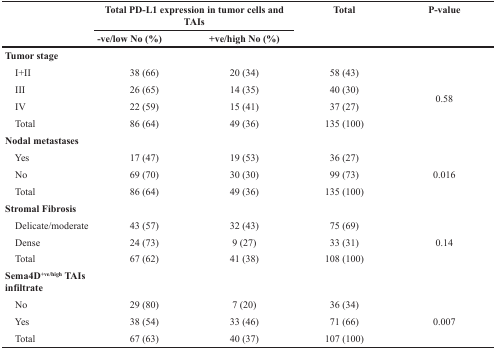
<table><thead><tr><td rowspan="2">[EMPTY_CELL]</td><td colspan="2"><b>Total PD-L1 expression in tumor cells and TAIs</b></td><td rowspan="2"><b>Total</b></td><td rowspan="2"><b>P-value</b></td></tr><tr><td><b>-ve/low No (%)</b></td><td><b>+ve/high No (%)</b></td></tr></thead><tbody><tr><td><b>Tumor stage</b></td><td>[EMPTY_CELL]</td><td>[EMPTY_CELL]</td><td>[EMPTY_CELL]</td><td>[EMPTY_CELL]</td></tr><tr><td> I+II</td><td>38 (66)</td><td>20 (34)</td><td>58 (43)</td><td rowspan="4">0.58</td></tr><tr><td> III</td><td>26 (65)</td><td>14 (35)</td><td>40 (30)</td></tr><tr><td> IV</td><td>22 (59)</td><td>15 (41)</td><td>37 (27)</td></tr><tr><td> Total</td><td>86 (64)</td><td>49 (36)</td><td>135 (100)</td></tr><tr><td><b>Nodal metastases</b></td><td>[EMPTY_CELL]</td><td>[EMPTY_CELL]</td><td>[EMPTY_CELL]</td><td>[EMPTY_CELL]</td></tr><tr><td> Yes</td><td>17 (47)</td><td>19 (53)</td><td>36 (27)</td><td rowspan="3">0.016</td></tr><tr><td> No</td><td>69 (70)</td><td>30 (30)</td><td>99 (73)</td></tr><tr><td> Total</td><td>86 (64)</td><td>49 (36)</td><td>135 (100)</td></tr><tr><td><b>Stromal Fibrosis</b></td><td>[EMPTY_CELL]</td><td>[EMPTY_CELL]</td><td>[EMPTY_CELL]</td><td>[EMPTY_CELL]</td></tr><tr><td> Delicate/moderate</td><td>43 (57)</td><td>32 (43)</td><td>75 (69)</td><td rowspan="3">0.14</td></tr><tr><td> Dense</td><td>24 (73)</td><td>9 (27)</td><td>33 (31)</td></tr><tr><td> Total</td><td>67 (62)</td><td>41 (38)</td><td>108 (100)</td></tr><tr><td><b>Sema4D</b><b><sup>+ve/high</sup></b><b>TAIs infiltrate</b></td><td>[EMPTY_CELL]</td><td>[EMPTY_CELL]</td><td>[EMPTY_CELL]</td><td>[EMPTY_CELL]</td></tr><tr><td> No</td><td>29 (80)</td><td>7 (20)</td><td>36 (34)</td><td rowspan="3">0.007</td></tr><tr><td> Yes</td><td>38 (54)</td><td>33 (46)</td><td>71 (66)</td></tr><tr><td> Total</td><td>67 (63)</td><td>40 (37)</td><td>107 (100)</td></tr></tbody></table>